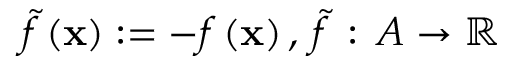
{ \tilde { f } } \left( \mathbf { x } \right) : = - f \left( \mathbf { x } \right) , \, { \tilde { f } } \, : \, A \rightarrow \mathbb { R }